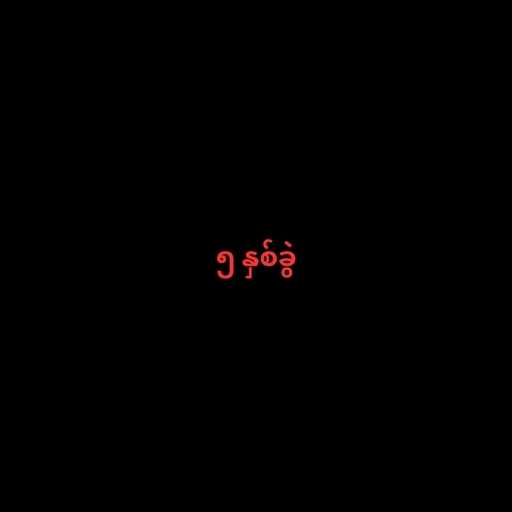
၅ နှစ်ခွဲ